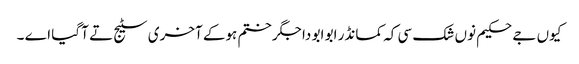
کیوں جے حکیم نوں شک سی کہ کمانڈر ابو ابو دا جگر ختم ہوکے آخری سٹیج تے آ گیا اے ۔